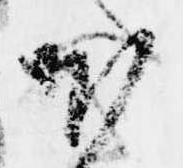
ほ